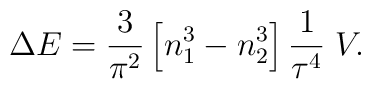
\Delta E =  {3\over\pi^2} \left[ n_1^3 - n_2^3 \right]  {1\over\tau^4} \; V.